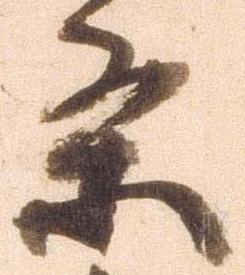
条